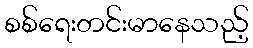
စစ်ရေးတင်းမာနေသည့်